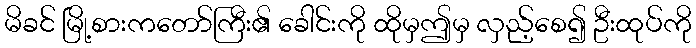
မိခင် မြို့စားကတော်ကြီး၏ ခေါင်းကို ထိုမှဤမှ လှည့်စေ၍ ဦးထုပ်ကို